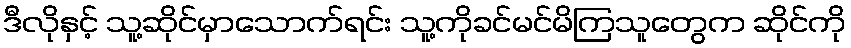
ဒီလိုနှင့် သူ့ဆိုင်မှာသောက်ရင်း သူ့ကိုခင်မင်မိကြသူတွေက ဆိုင်ကို